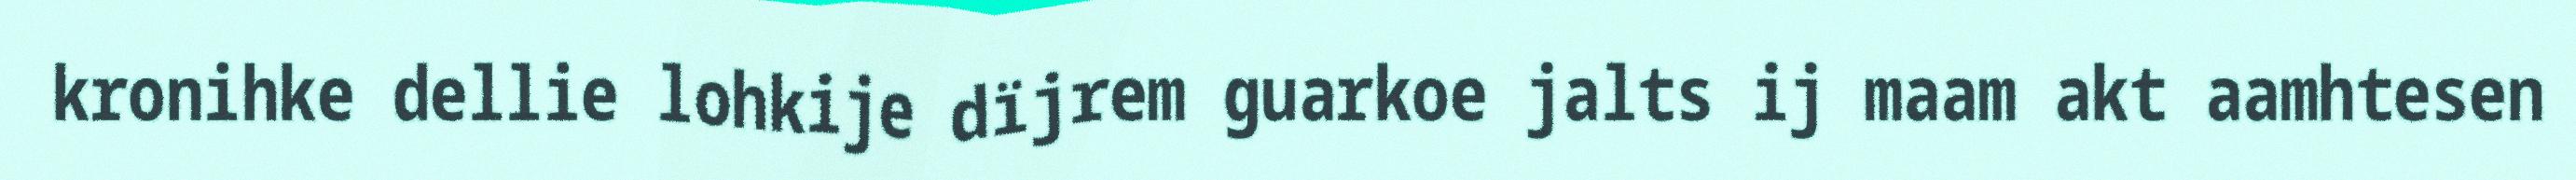
kronihke dellie lohkije dïjrem guarkoe jalts ij maam akt aamhtesen